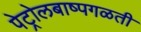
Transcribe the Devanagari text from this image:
पेट्रोलबाष्पगळती